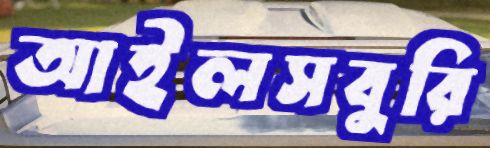
আইলসবুরি